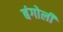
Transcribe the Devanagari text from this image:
बंगोली